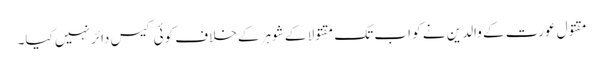
مقتول عورت کے والدین نے کو اب تک مقتولا کے شوہر کے خلاف کوئی کیس دائر نہیں کیا۔